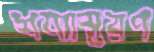
শয্যাস্তরণ